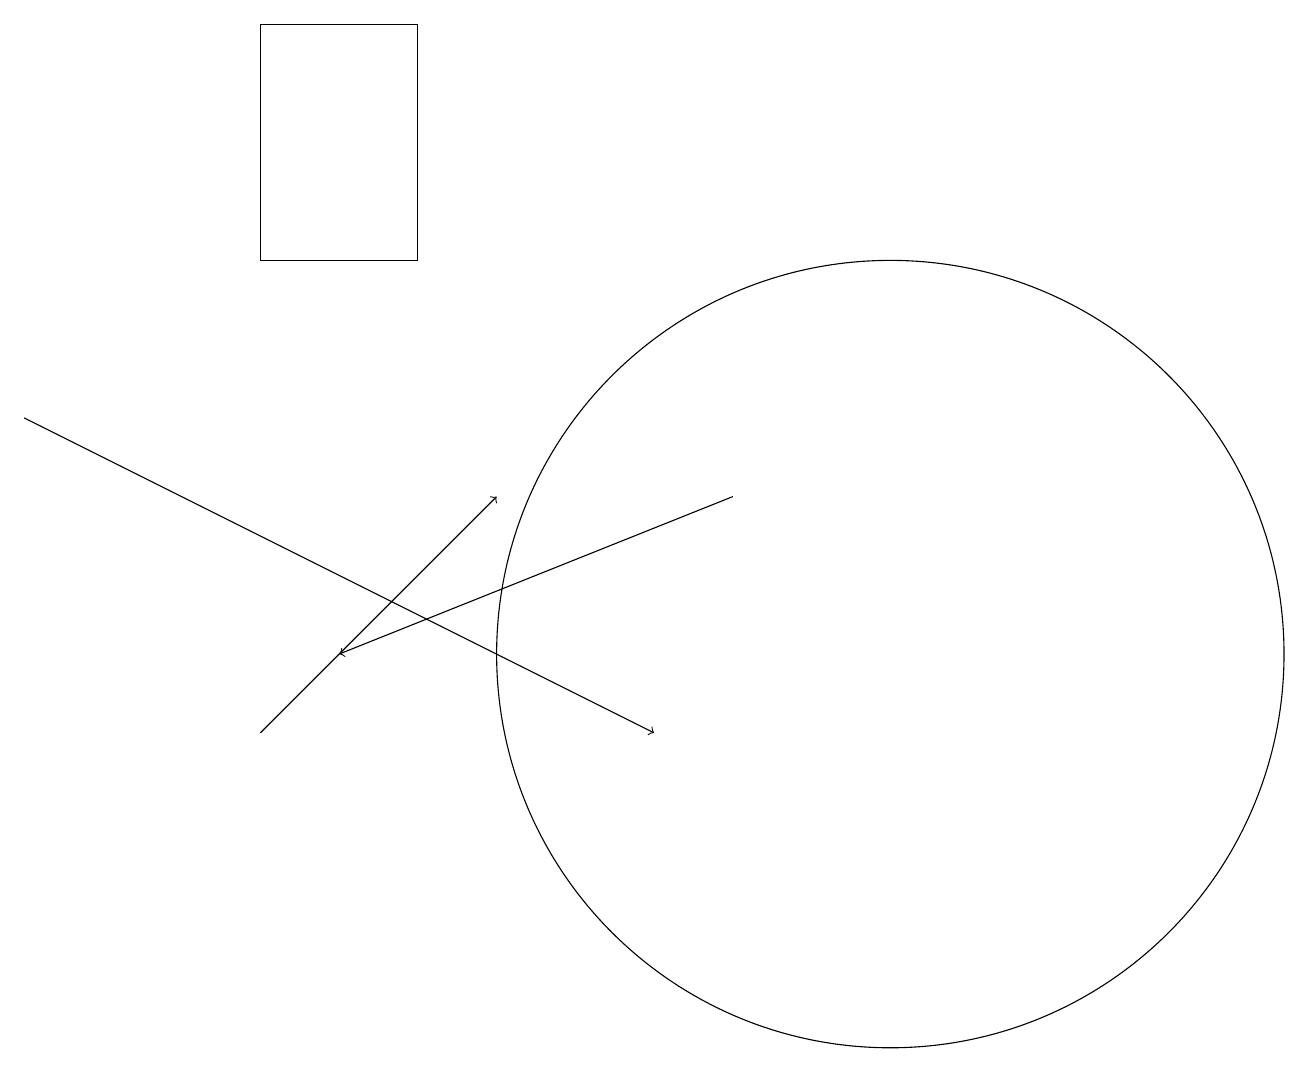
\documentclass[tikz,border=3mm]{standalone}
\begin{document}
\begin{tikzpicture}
\draw[->] (3,10) -- (6,13);
\draw (5,16) rectangle (3,19);
\draw[->] (9,13) -- (4,11);
\draw[->] (0,14) -- (8,10);
\draw (11,11) circle (5);
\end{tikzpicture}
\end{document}